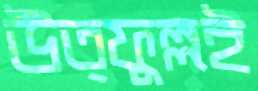
উত্ফুল্লই